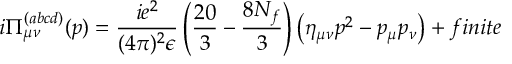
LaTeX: i \Pi _ { \mu \nu } ^ { ( a b c d ) } ( p ) = \frac { i e ^ { 2 } } { ( 4 \pi ) ^ { 2 } \epsilon } \left( \frac { 2 0 } { 3 } - \frac { 8 N _ { f } } { 3 } \right) \left( \eta _ { \mu \nu } p ^ { 2 } - p _ { \mu } p _ { \nu } \right) + f i n i t e